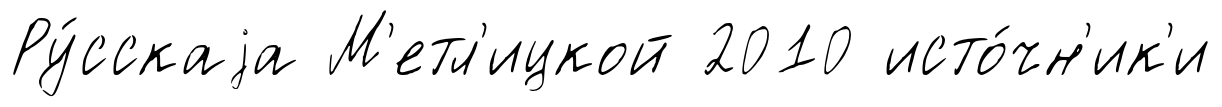
Ру́сскаjа М'етл'ицкой 2010 исто́чн'ик'и